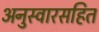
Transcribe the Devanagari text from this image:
अनुस्वारसहित